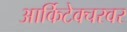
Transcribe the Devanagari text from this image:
आर्किटेक्चरवर